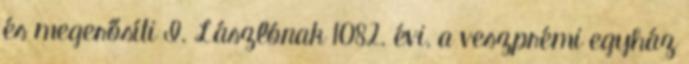
és megerősíti I. Lászlónak 1082. évi, a veszprémi egyház